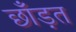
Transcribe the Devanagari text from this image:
छाँड़त